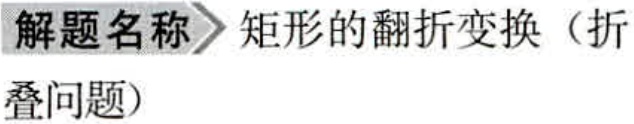
解题名称\(>\)矩形的翻折变换（折叠问题）